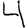
Digit: 4